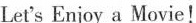
Let's Enjoy a Movie!